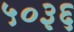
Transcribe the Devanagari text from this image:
५०३६